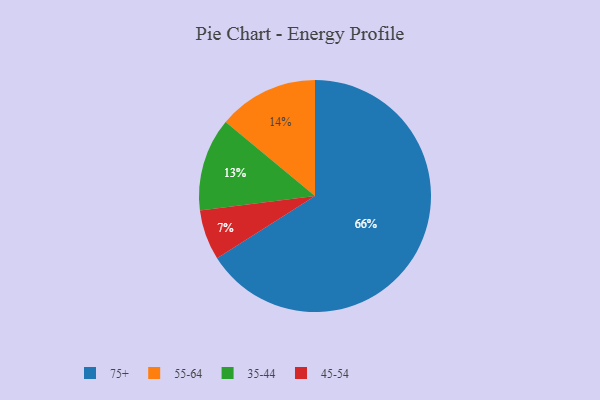
{"axis": {"x": "Category", "y": "Percentage"}, "legend": ["35-44", "45-54", "55-64", "75+"], "data": [{"x": "45-54", "y": 7, "type": "45-54"}, {"x": "55-64", "y": 14, "type": "55-64"}, {"x": "75+", "y": 66, "type": "75+"}, {"x": "35-44", "y": 13, "type": "35-44"}]}